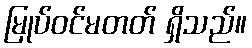
မြုပ်ဝင်မတတ် ရှိသည်။